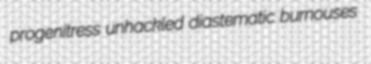
progenitress unhackled diastematic burnouses